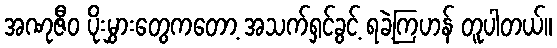
အဏုဇီဝ ပိုးမွှားတွေကတော့ အသက်ရှင်ခွင့် ရခဲ့ကြဟန် တူပါတယ်။